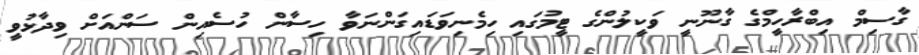
ގާސިމް އިބްރާހީމްގެ ގާނޫނީ ވަކީލުންގެ ޓީމުގައި ހިމެނިވަޑައިގަންނަވާ ހިސާން ހުސެއިން ސަންއަށް ވިދާޅުވީ